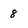
Character: 8